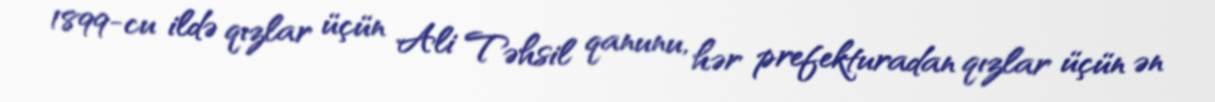
1899-cu ildə qızlar üçün Ali Təhsil qanunu, hər prefekturadan qızlar üçün ən